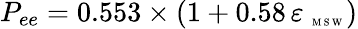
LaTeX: P_{ee}=0.553\times(1+0.58\, \varepsilon_{\mathrm{~\tiny~M~S~W~}})